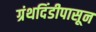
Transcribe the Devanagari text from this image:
ग्रंथदिंडीपासून